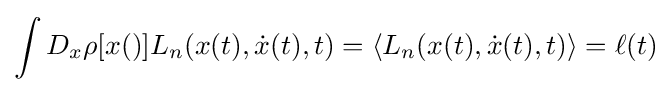
\int D_{x}\rho [x()]L_{n}(x(t),{\dot {x}}(t),t)=\langle L_{n}(x(t),{\dot {x}}(t),t)\rangle =\ell (t)